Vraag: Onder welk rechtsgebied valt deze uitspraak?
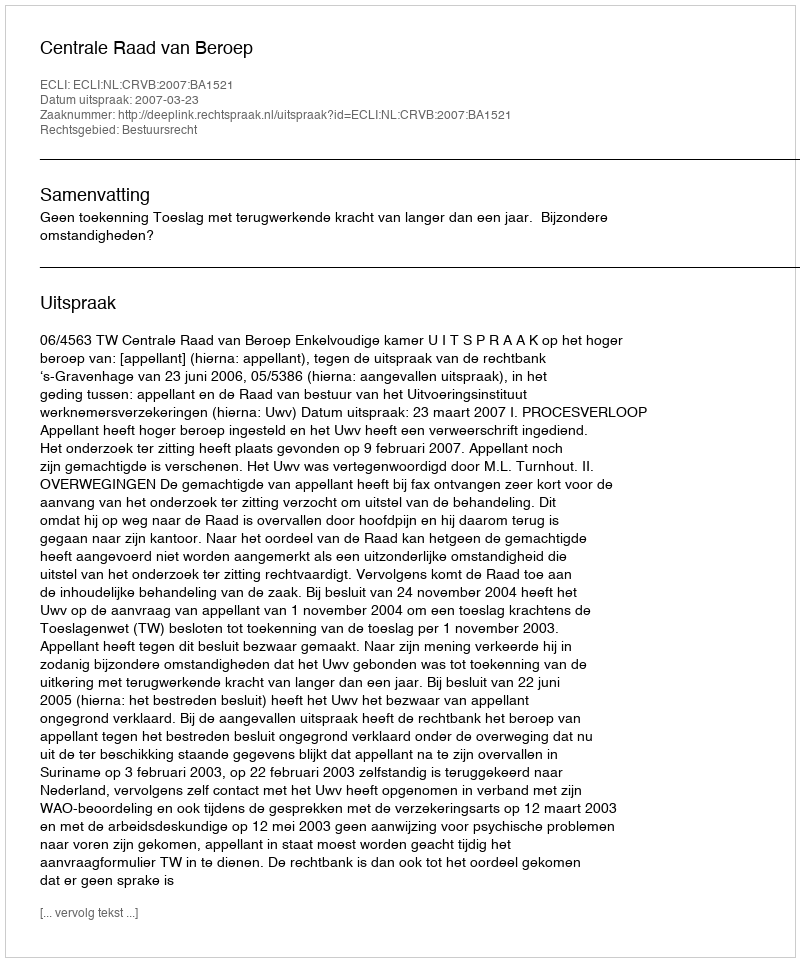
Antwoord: Bestuursrecht